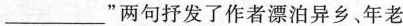
___”两句抒发了作者漂泊异乡、年老